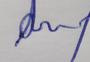
Signature authenticity: genuine